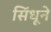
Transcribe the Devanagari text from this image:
सिंधूने